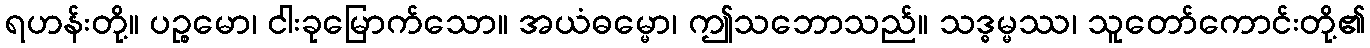
ရဟန်းတို့။ ပဉ္စမော၊ ငါးခုမြောက်သော။ အယံဓမ္မော၊ ဤသဘောသည်။ သဒ္ဓမ္မဿ၊ သူတော်ကောင်းတို့၏